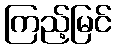
ကြည့်မြင်